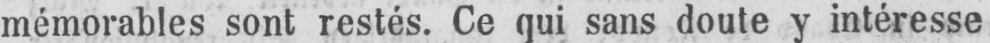
mémorables sont restés. Ce qui sans doute y intéresse